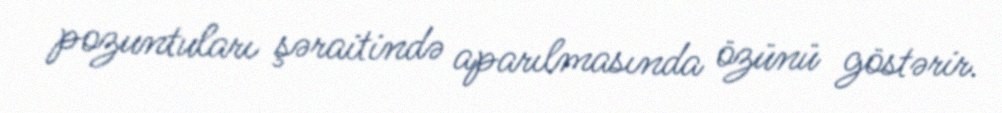
pozuntuları şəraitində aparılmasında özünü göstərir.